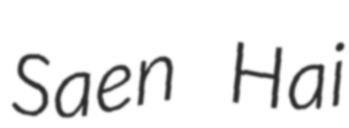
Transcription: Saen Hai